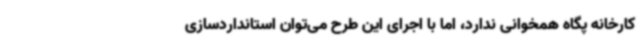
کارخانه پگاه همخوانی ندارد، اما با اجرای این طرح می‌توان استانداردسازی